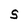
Character: S